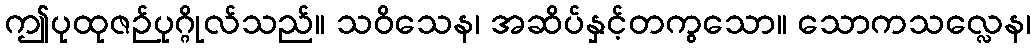
ဤပုထုဇဉ်ပုဂ္ဂိုလ်သည်။ သဝိသေန၊ အဆိပ်နှင့်တကွသော။ သောကသလ္လေန၊